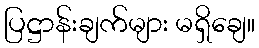
ပြဋ္ဌာန်းချက်များ မရှိချေ။